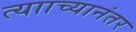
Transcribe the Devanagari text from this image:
त्यााच्यानंतर